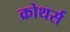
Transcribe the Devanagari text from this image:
क्रोथर्स